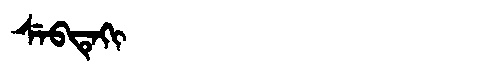
Manchu: ᠰᡝᠪᡨᡝᡴᡳ
Romanization: SEBTEKI